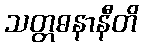
သတ္တဓနာနီတိ